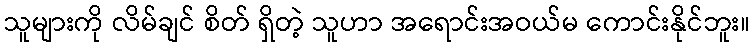
သူများကို လိမ်ချင် စိတ် ရှိတဲ့ သူဟာ အရောင်းအဝယ်မ ကောင်းနိုင်ဘူး။